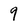
Character: 9